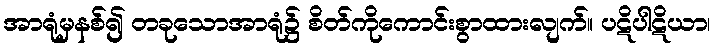
အာရုံမှနစ်၍ တခုသောအာရုံ၌ စိတ်ကိုကောင်းစွာထားလျက်။ ပဋိပါဋိယာ၊